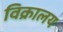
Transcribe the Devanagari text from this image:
विक्रालय